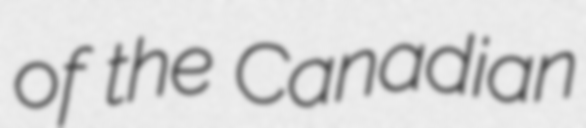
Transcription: of the Canadian